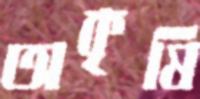
অকৃষি